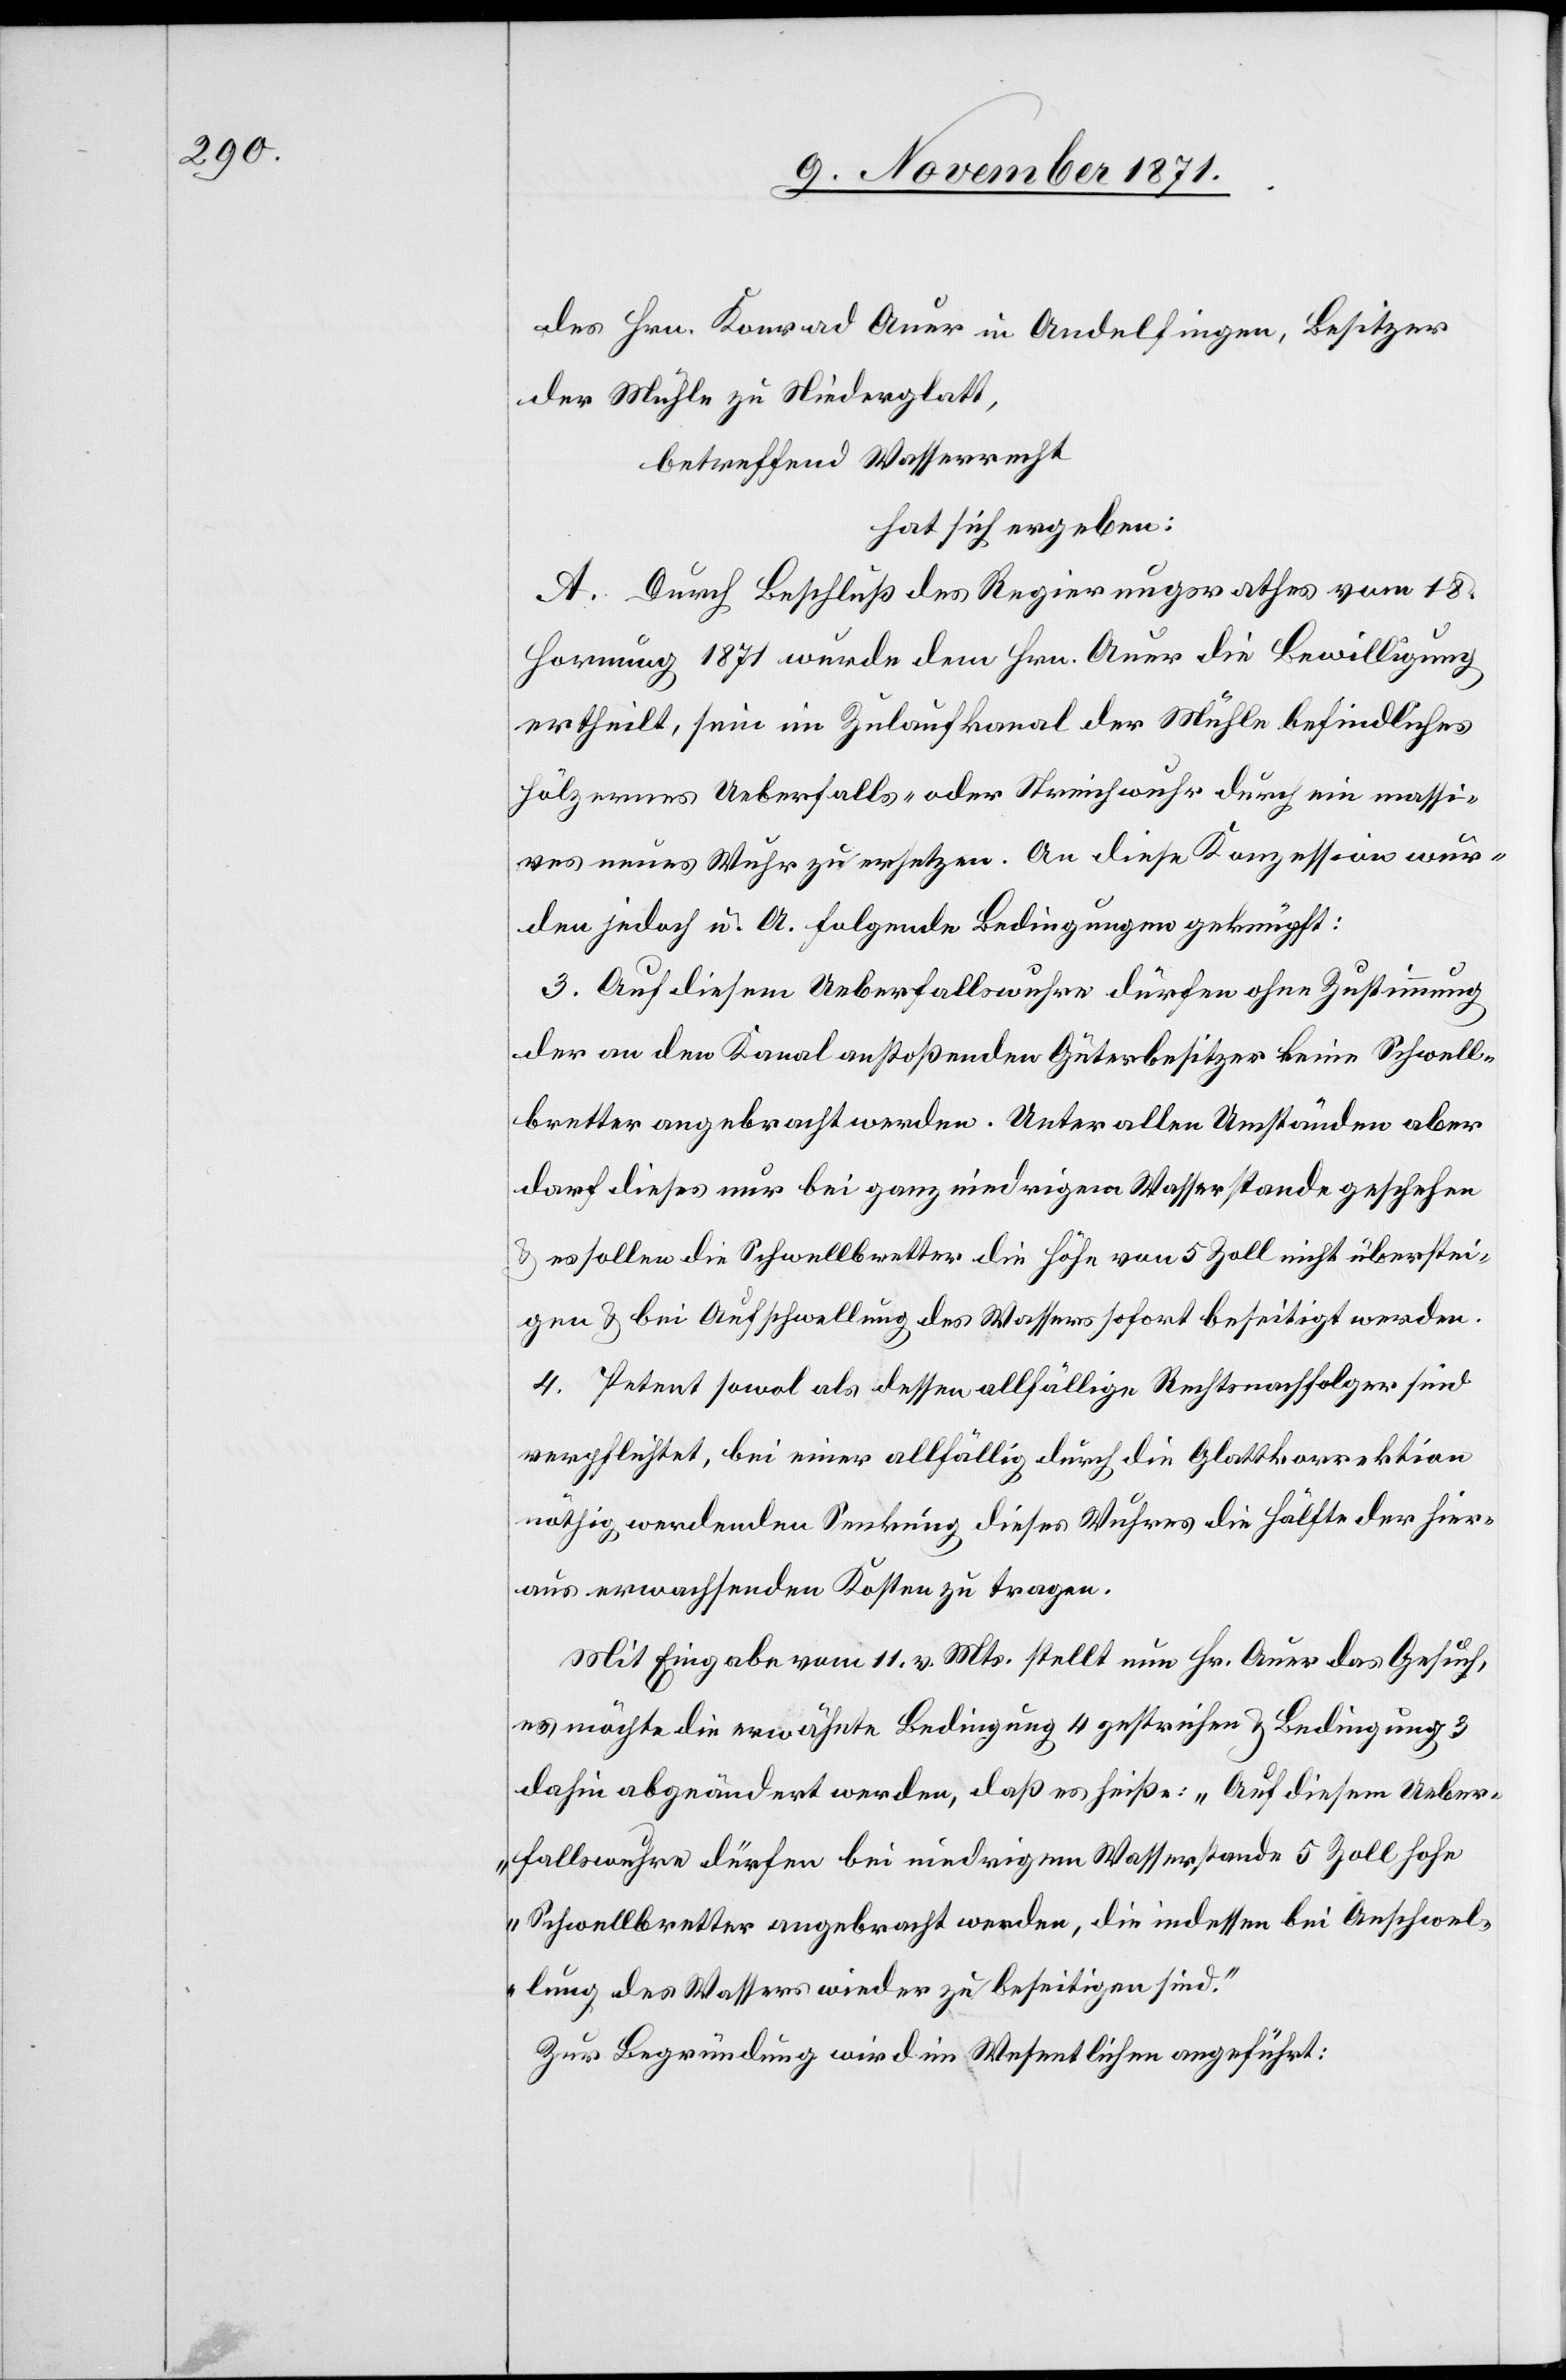
des Hrn. Konrad Auer in Andelfingen, Besitzer
der Mühle zu Niederglatt,
betreffend Wasserrecht
hat sich ergeben:
A. Durch Beschluß des Regierungsrathes vom 18.
Hornung 1871 wurde dem Hrn. Auer die Bewilligung
ertheilt, sein im Zulaufkanal der Mühle befindliches
hölzernes Ueberfalls- oder Strichwuhr durch ein massi¬
ves neues Wuhr zu ersetzen. An diese Konzession wur¬
den jedoch u. A. folgende Bedingungen geknüpft:
3. Auf diesem Ueberfallswuhr dürfen ohne Zustimmung
der an den Kanal anstoßenden Güterbesitzer keine Schwell¬
bretter angebracht werden. Unter allen Umständen aber
darf dieses nur bei ganz niedrigem Wasserstande geschehen
& es sollen die Schwellbretter die Höhe von 5 Zoll nicht überstei¬
gen & bei Aufschwellung des Wassers sofort beseitigt werden.
4. Petent sowol als dessen allfällige Rechtsnachfolger sind
verpflichtet, bei einer allfälligen durch die Glattkorrektion
nöthig werdenden Senkung dieses Wuhres die Hälfte der hier¬
aus erwachsenden Kosten zu tragen.
Mit Eingabe vom 11. v. Mts. stellt nun Hr. Auer das Gesuch,
es möchte die erwähnte Bedingung 4 gestrichen werden & Bedingung 3
dahin abgeändert werden, daß es heiße: „Auf diesem Ueber¬
fallswuhr dürfen bei niedrigem Wasserstande 5 Zoll hohe
Schwellbretter angebracht werden, die indessen bei Anschwel¬
lung des Wassers wieder zu beseitigen sind.“
Zur Begründung wird im Wesentlichen angeführt: